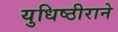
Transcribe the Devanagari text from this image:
युधिष्ठीराने